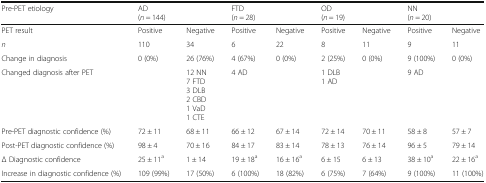
| Pre-PET etiology | <COLSPAN=2> AD(n = 144) | <COLSPAN=2> FTD(n = 28) | <COLSPAN=2> OD(n = 19) | <COLSPAN=2> NN(n = 20) |
 | --- | --- | --- | --- | --- | --- | --- | --- | --- |
 | PET result | Positive | Negative | Positive | Negative | Positive | Negative | Positive | Negative |
 | n | 110 | 34 | 6 | 22 | 8 | 11 | 9 | 11 |
 | Change in diagnosis | 0 (0%) | 26 (76%) | 4 (67%) | 0 (0%) | 2 (25%) | 0 (0%) | 9 (100%) | 0 (0%) |
 | Changed diagnosis after PET |  | 12 NN7 FTD3 DLB2 CBD1 VaD1 CTE | 4 AD |  | 1 DLB1 AD |  | 9 AD |  |
 | Pre-PET diagnostic confidence (%) | 72 ± 11 | 68 ± 11 | 66 ± 12 | 67 ± 14 | 72 ± 14 | 70 ± 11 | 58 ± 8 | 57 ± 7 |
 | Post-PET diagnostic confidence (%) | 98 ± 4 | 70 ± 16 | 84 ± 17 | 83 ± 14 | 78 ± 13 | 76 ± 14 | 96 ± 5 | 79 ± 14 |
 | Δ Diagnostic confidence | 25 ± 11a | 1 ± 14 | 19 ± 18a | 16 ± 16a | 6 ± 15 | 6 ± 13 | 38 ± 10a | 22 ± 16a |
 | Increase in diagnostic confidence (%) | 109 (99%) | 17 (50%) | 6 (100%) | 18 (82%) | 6 (75%) | 7 (64%) | 9 (100%) | 11 (100%) |